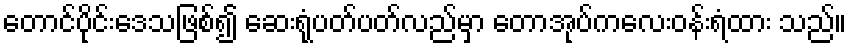
တောင်ပိုင်းဒေသဖြစ်၍ ဆေးရုံပတ်ပတ်လည်မှာ တောအုပ်ကလေးဝန်းရံထား သည်။